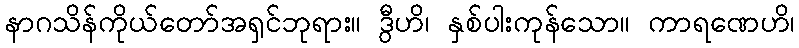
နာဂသိန်ကိုယ်တော်အရှင်ဘုရား။ ဒွီဟိ၊ နှစ်ပါးကုန်သော။ ကာရဏေဟိ၊